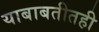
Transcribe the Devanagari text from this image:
याबाबतीतही